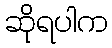
ဆိုရပါက